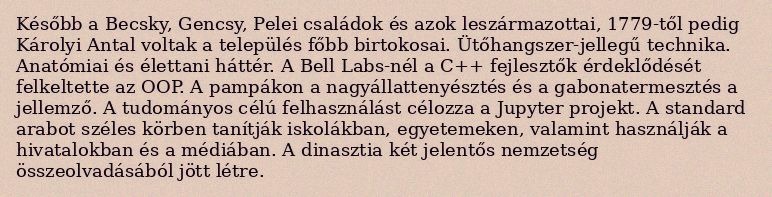
Később a Becsky, Gencsy, Pelei családok és azok leszármazottai, 1779-től pedig Károlyi Antal voltak a település főbb birtokosai. Ütőhangszer-jellegű technika. Anatómiai és élettani háttér. A Bell Labs-nél a C++ fejlesztők érdeklődését felkeltette az OOP. A pampákon a nagyállattenyésztés és a gabonatermesztés a jellemző. A tudományos célú felhasználást célozza a Jupyter projekt. A standard arabot széles körben tanítják iskolákban, egyetemeken, valamint használják a hivatalokban és a médiában. A dinasztia két jelentős nemzetség összeolvadásából jött létre.